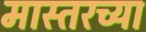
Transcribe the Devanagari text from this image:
मास्तरच्या